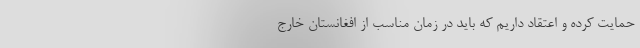
حمایت کرده و اعتقاد داریم که باید در زمان مناسب از افغانستان خارج